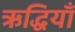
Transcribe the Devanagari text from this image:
ऋद्धियाँ